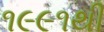
૧૯૯૧થી